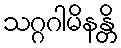
သဂ္ဂဂါမိနန္တိ